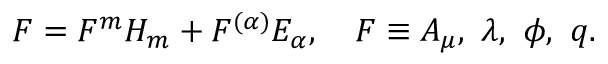
F = F ^ { m } H _ { m } + F ^ { ( \alpha ) } E _ { \alpha } , \quad F \equiv A _ { \mu } , ~ \lambda , ~ \phi , ~ q .